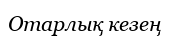
Отарлық кезең